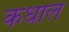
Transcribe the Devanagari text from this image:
कधाल